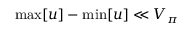
\operatorname* { m a x } [ u ] - \operatorname* { m i n } [ u ] \ll V _ { \pi }